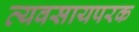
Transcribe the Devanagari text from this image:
व्‍यवसायपरक